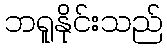
ဘရူနိုင်းသည်